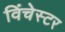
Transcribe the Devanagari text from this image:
विंचेस्‍टर